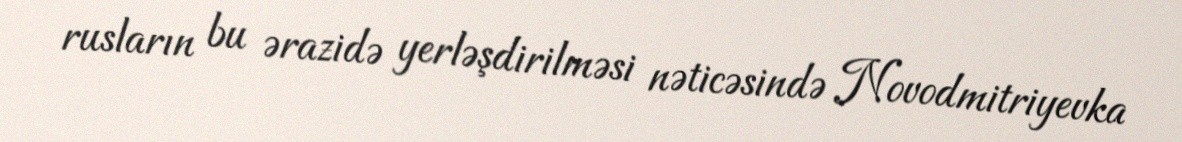
rusların bu ərazidə yerləşdirilməsi nəticəsində Novodmitriyevka